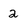
Character: 2